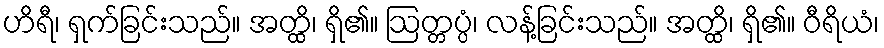
ဟိရီ၊ ရှက်ခြင်းသည်။ အတ္ထိ၊ ရှိ၏။ ဩတ္တပ္ပံ၊ လန့်ခြင်းသည်။ အတ္ထိ၊ ရှိ၏။ ဝီရိယံ၊